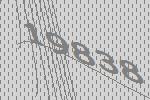
19838